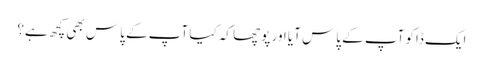
ایک ڈاکو آپ کے پاس آیا اور پوچھا کہ کیا آپ کے پاس بھی کچھ ہے؟